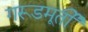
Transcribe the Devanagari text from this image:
गरूडमूर्ती